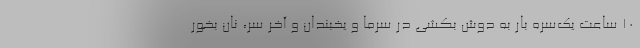
۱۰ ساعت يك‌سره بار به دوش بكشي در سرما و يخبندان و آخر سر، نان بخور